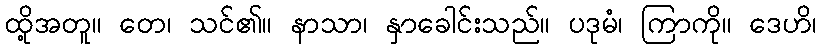
ထို့အတူ။ တေ၊ သင်၏။ နာသာ၊ နှာခေါင်းသည်။ ပဒုမံ၊ ကြာကို။ ဒေဟိ၊